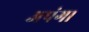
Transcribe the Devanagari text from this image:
अपंग।